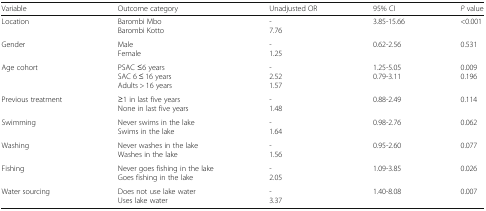
| Variable | Outcome category | Unadjusted OR | 95% CI | P value |
 | --- | --- | --- | --- | --- |
 | Location | Barombi MboBarombi Kotto | -7.76 | 3.85-15.66 | <0.001 |
 | Gender | MaleFemale | -1.25 | 0.62-2.56 | 0.531 |
 | Age cohort | PSAC ≤6 yearsSAC 6 ≤ 16 yearsAdults > 16 years | -2.521.57 | 1.25-5.050.79-3.11 | 0.0090.196 |
 | Previous treatment | ≥1 in last five yearsNone in last five years | -1.48 | 0.88-2.49 | 0.114 |
 | Swimming | Never swims in the lakeSwims in the lake | -1.64 | 0.98-2.76 | 0.062 |
 | Washing | Never washes in the lakeWashes in the lake | -1.56 | 0.95-2.60 | 0.077 |
 | Fishing | Never goes fishing in the lakeGoes fishing in the lake | -2.05 | 1.09-3.85 | 0.026 |
 | Water sourcing | Does not use lake waterUses lake water | -3.37 | 1.40-8.08 | 0.007 |